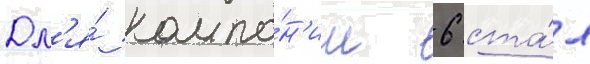
Дл'я́ компа́н'ии 6 ста́л